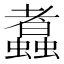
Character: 䘄